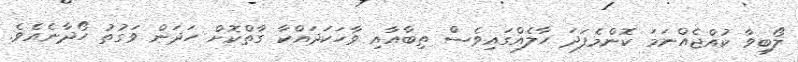
ލޯބިވާ ކުއްޖެއްނަމަ ކޮންމެފަދަ ހާލެއްގައިވެސް ތިބާއާއި ވާހަކަދައްކާ ގާތްކޮށް ހަދަން ވަގުތު ހޯދާނެއެވެ.